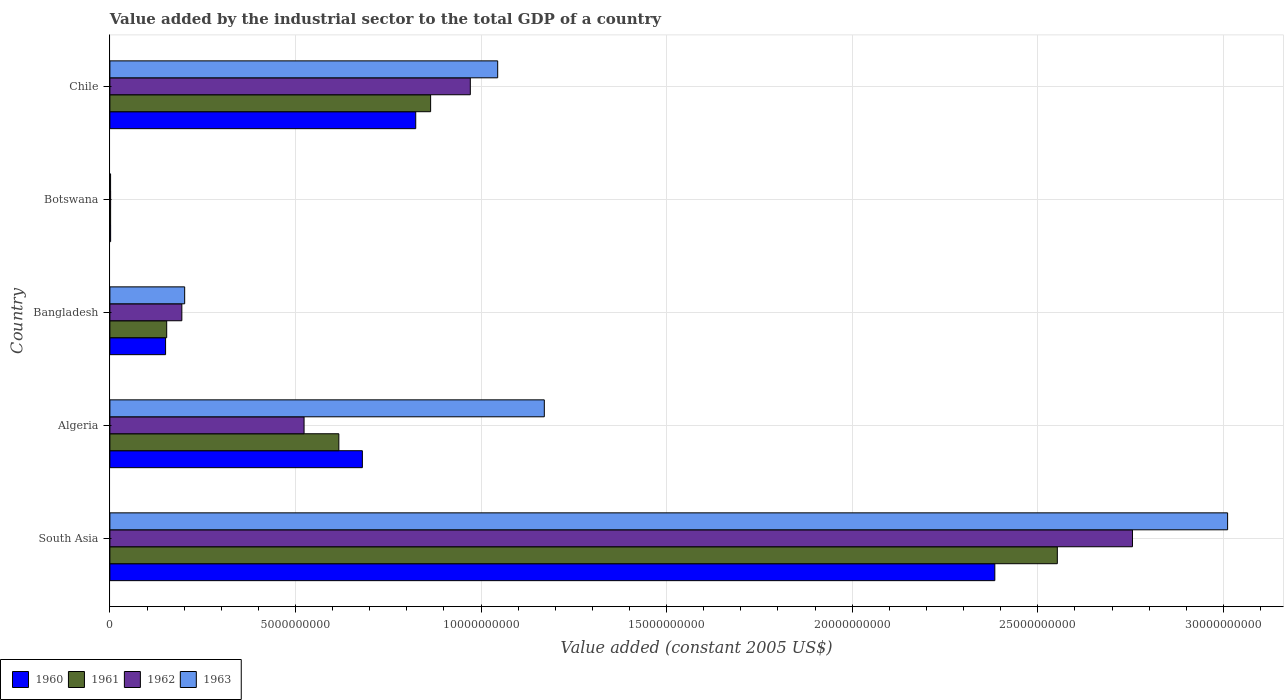
| Country | 1960 | 1961 | 1962 | 1963 |
 | --- | --- | --- | --- | --- |
 | South Asia | 2.38e+10 | 2.55e+10 | 2.76e+10 | 3.01e+10 |
 | Algeria | 6.8e+09 | 6.17e+09 | 5.23e+09 | 1.17e+10 |
 | Bangladesh | 1.5e+09 | 1.53e+09 | 1.94e+09 | 2.01e+09 |
 | Botswana | 1.96e+07 | 1.92e+07 | 1.98e+07 | 1.83e+07 |
 | Chile | 8.24e+09 | 8.64e+09 | 9.71e+09 | 1.04e+10 |